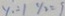
y _ { 1 } = 1 y _ { 2 } = 9